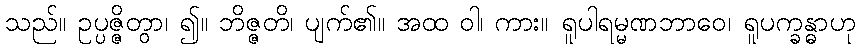
သည်။ ဥပ္ပဇ္ဇိတွာ၊ ၍။ ဘိဇ္ဇတိ၊ ပျက်၏။ အထ ဝါ၊ ကား။ ရူပါရမ္မဏဘာဝေ၊ ရူပက္ခန္ဓာဟု